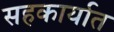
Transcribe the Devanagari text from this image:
सहकार्यात